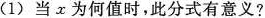
（1）当x为何值时，此分式有意义?